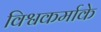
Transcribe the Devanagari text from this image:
विश्वकर्माके